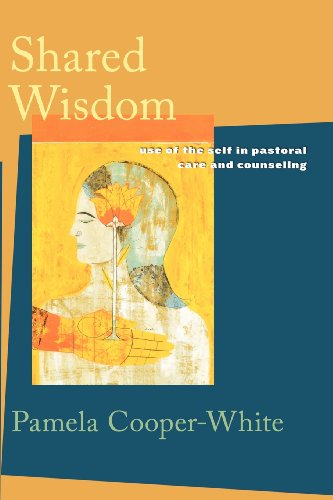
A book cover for Shared Wisdom; Pamela Cooper-White; Christian Books & Bibles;